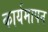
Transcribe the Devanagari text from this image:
कार्यमापन